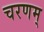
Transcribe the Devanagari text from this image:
चरणम्‌